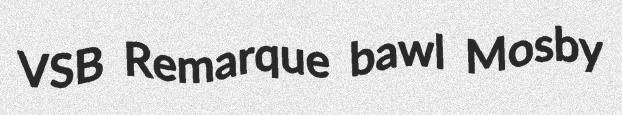
VSB Remarque bawl Mosby